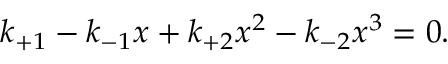
k _ { + 1 } - k _ { - 1 } x + k _ { + 2 } x ^ { 2 } - k _ { - 2 } x ^ { 3 } = 0 .